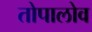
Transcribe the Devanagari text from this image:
तोपालोव